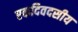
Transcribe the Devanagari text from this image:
एकदिवदसीय